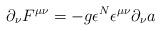
LaTeX: \begin{align*}\partial_{\nu}F^{\mu\nu} =-g{\epsilon^N}\epsilon^{\mu\nu}\partial_{\nu}a\end{align*}